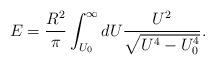
LaTeX: \begin{align*}E = \frac{R^2}{\pi}\int_{U_0}^\infty dU \frac{U^2}{\sqrt{U^4 - U_0 ^4}}.\end{align*}